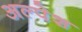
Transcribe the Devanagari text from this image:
अल्पेश